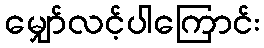
မျှော်လင့်ပါကြောင်း